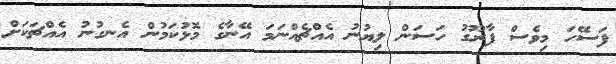
ފަސޭހަ މިވެސް ފާރޫގު ހަސަން ލިޔުނު އެއްޗެއްނަމަ އޭނާގެ މޮޅުކަމުން އެނގުނު އެއްޗަކަށް